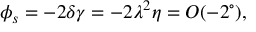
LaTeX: \phi _ { s } = - 2 \delta \gamma = - 2 \lambda ^ { 2 } \eta = { \cal O } ( - 2 ^ { \circ } ) ,